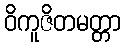
ဝိကူဇိတမတ္တာ